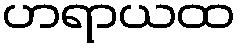
ဟရာယထ